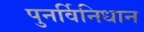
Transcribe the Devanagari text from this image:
पुनर्विनिधान